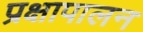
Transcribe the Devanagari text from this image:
प्रक्षापालन